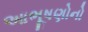
આભૂષણોનો